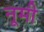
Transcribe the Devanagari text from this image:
नूमी